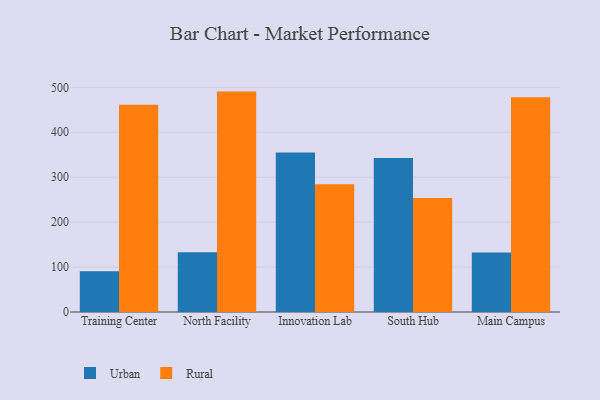
{"axis": {"x": "Campus", "y": "Tickets Resolved"}, "legend": ["Rural", "Urban"], "data": [{"x": "Training Center", "y": 90.9, "type": "Urban"}, {"x": "Training Center", "y": 461.1, "type": "Rural"}, {"x": "North Facility", "y": 133.0, "type": "Urban"}, {"x": "North Facility", "y": 490.5, "type": "Rural"}, {"x": "Innovation Lab", "y": 354.7, "type": "Urban"}, {"x": "Innovation Lab", "y": 284.3, "type": "Rural"}, {"x": "South Hub", "y": 342.7, "type": "Urban"}, {"x": "South Hub", "y": 253.6, "type": "Rural"}, {"x": "Main Campus", "y": 132.2, "type": "Urban"}, {"x": "Main Campus", "y": 477.9, "type": "Rural"}]}